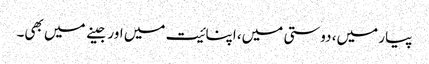
پیار میں، دوستی میں، اپنائیت میں اور جینے میں بھی۔